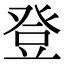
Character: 登